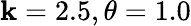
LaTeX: \mathbf{k}=2.5,\theta=1.0